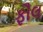
ફૌલ